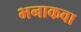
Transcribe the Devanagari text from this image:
भनाकवा